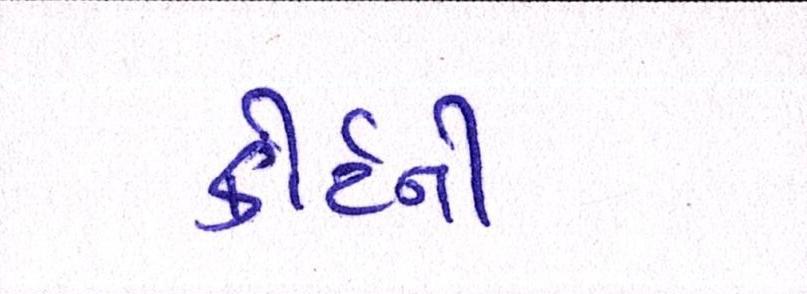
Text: કોર્ટની